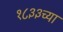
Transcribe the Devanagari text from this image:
१८३३च्या